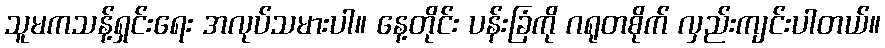
သူမကသန့်ရှင်းရေး အလုပ်သမားပါ။ နေ့တိုင်း ပန်းခြံကို ဂရုတစိုက် လှည်းကျင်းပါတယ်။